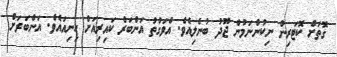
ގޮތަށް ކޮޓަރިން ނިކުންނަމުން ޖޫދު ބުނެލިއެވެ. އެވަގުތު އަންބަރް ކައިރިއަށް ހިނިއައެވެ. އަންބަރަށް